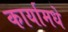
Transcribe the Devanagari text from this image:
कार्यामधे